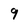
Character: 9